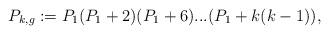
LaTeX: \begin{align*} P_{k,g} := P_1 (P_1 + 2) (P_1 + 6)...(P_1 + k(k - 1)),\end{align*}